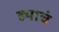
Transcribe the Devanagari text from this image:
ह्याचं